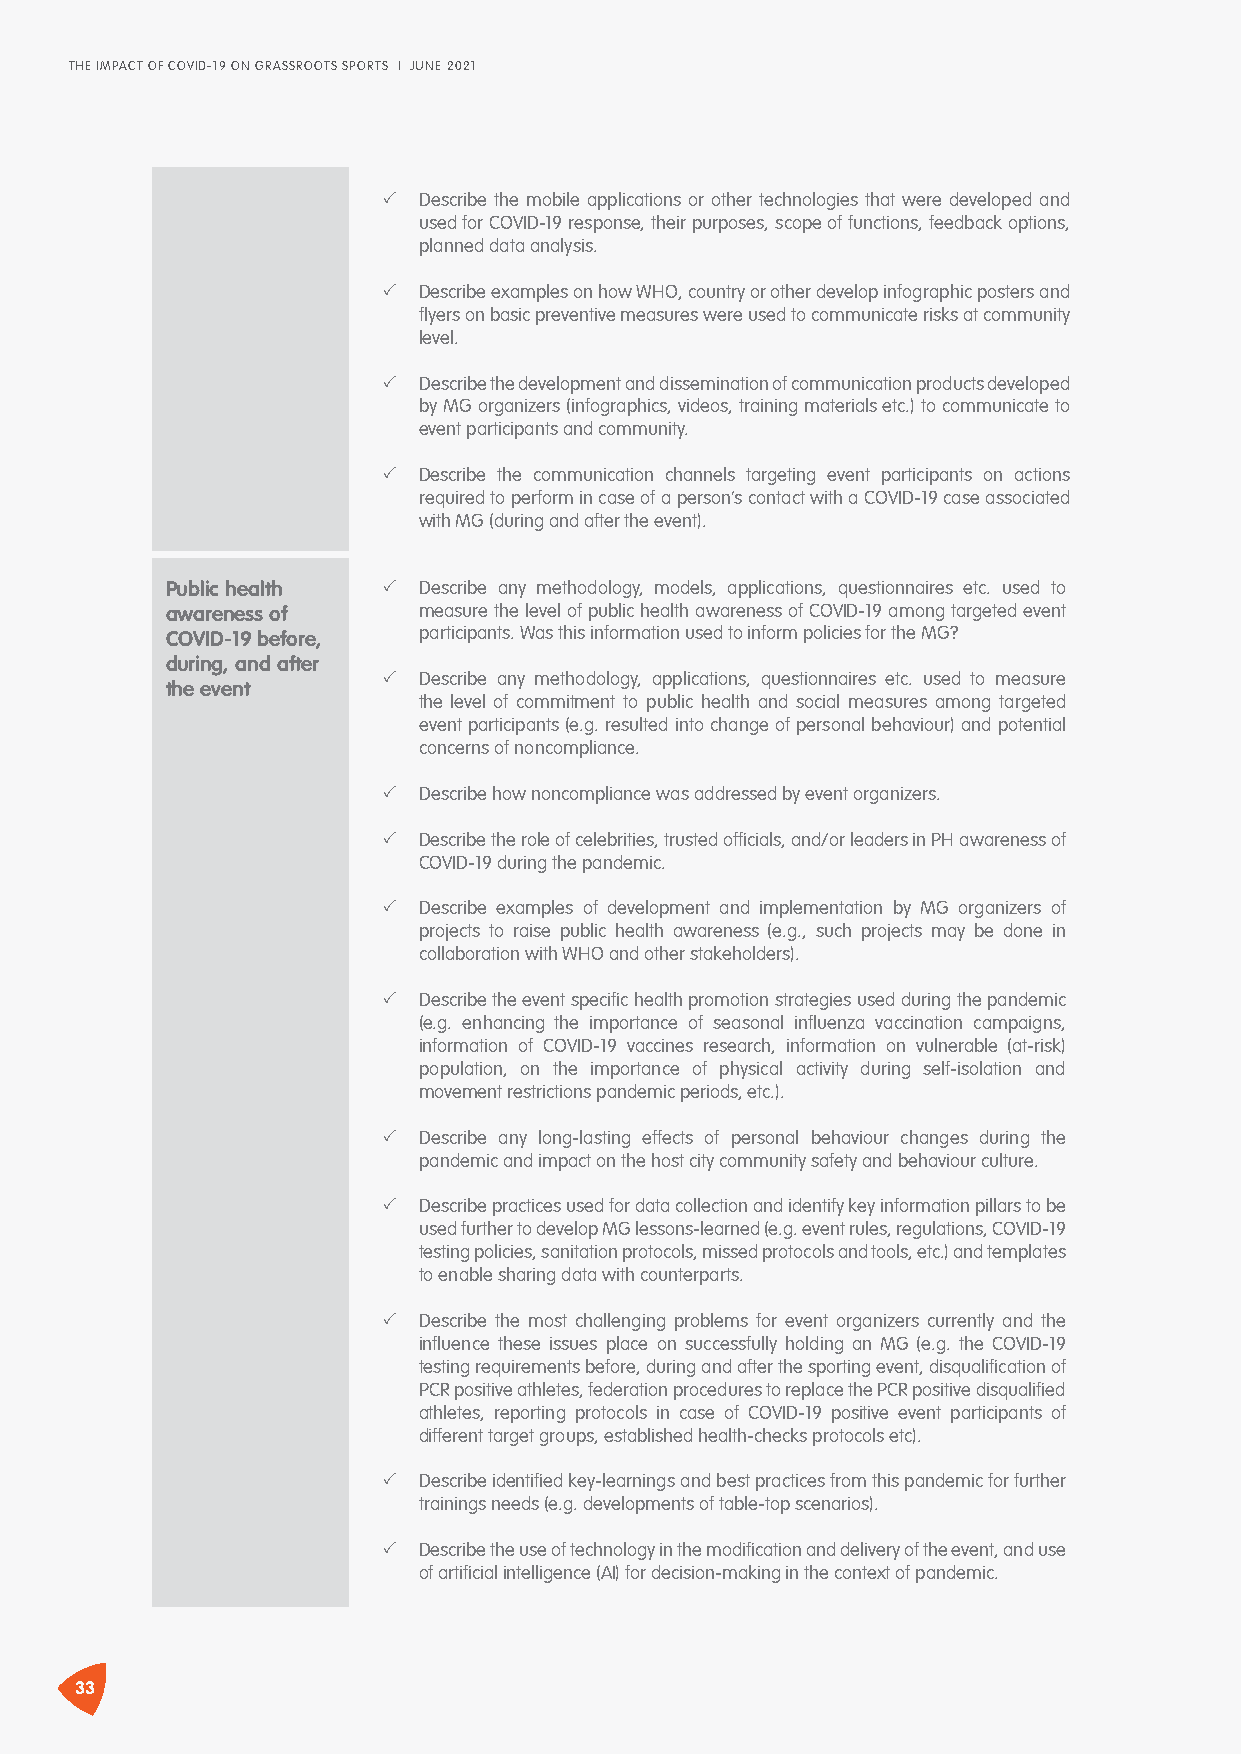
THE IMPACT OF COVID-19 ON GRASSROOTS SPORTS I JUNE 2021
 �  Describe the mobile applications or other technologies that were developed and
 used for COVID-19 response, their purposes, scope of functions, feedback options,
 planned data analysis.
 �  Describe examples on how WHO, country or other develop infographic posters and
 flyers on basic preventive measures were used to communicate risks at community
 level.
 �  Describe the development and dissemination of communication products developed
 by MG organizers (infographics, videos, training materials etc.) to communicate to
 event participants and community.
 �  Describe the communication channels targeting event participants on actions
 required to perform in case of a person’s contact with a COVID-19 case associated
 with MG (during and after the event).
 Public health �  Describe any methodology, models, applications, questionnaires etc. used to
 awareness of     measure the level of public health awareness of COVID-19 among targeted event
 COVID-19 before, participants. Was this information used to inform policies for the MG?
 during, and after
 �  Describe any methodology, applications, questionnaires etc. used to measure
 the event
 the level of commitment to public health and social measures among targeted
 event participants (e.g. resulted into change of personal behaviour) and potential
 concerns of noncompliance.
 �  Describe how noncompliance was addressed by event organizers.
 �  Describe the role of celebrities, trusted officials, and/or leaders in PH awareness of
 COVID-19 during the pandemic.
 �  Describe examples of development and implementation by MG organizers of
 projects to raise public health awareness (e.g., such projects may be done in
 collaboration with WHO and other stakeholders).
 �  Describe the event specific health promotion strategies used during the pandemic
 (e.g. enhancing the importance of seasonal influenza vaccination campaigns,
 information of COVID-19 vaccines research, information on vulnerable (at-risk)
 population, on the importance of physical activity during self-isolation and
 movement restrictions pandemic periods, etc.).
 �  Describe any long-lasting effects of personal behaviour changes during the
 pandemic and impact on the host city community safety and behaviour culture.
 �  Describe practices used for data collection and identify key information pillars to be
 used further to develop MG lessons-learned (e.g. event rules, regulations, COVID-19
 testing policies, sanitation protocols, missed protocols and tools, etc.) and templates
 to enable sharing data with counterparts.
 �  Describe the most challenging problems for event organizers currently and the
 influence these issues place on successfully holding an MG (e.g. the COVID-19
 testing requirements before, during and after the sporting event, disqualification of
 PCR positive athletes, federation procedures to replace the PCR positive disqualified
 athletes, reporting protocols in case of COVID-19 positive event participants of
 different target groups, established health-checks protocols etc).
 �  Describe identified key-learnings and best practices from this pandemic for further
 trainings needs (e.g. developments of table-top scenarios).
 �  Describe the use of technology in the modification and delivery of the event, and use
 of artificial intelligence (AI) for decision-making in the context of pandemic.
 33